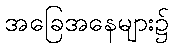
အခြေအနေများ၌